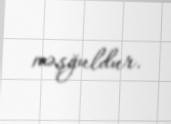
məşğuldur.